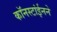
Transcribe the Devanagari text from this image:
कॉनस्टांईनने